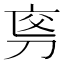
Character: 𠜡